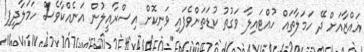
ޣައްޒާއަށް ދޭ ހަމަލާތައް ހުއްޓައިލާ ވަގުތު ކުޑަތަންވެފައި ވަނިކޮށް އިސްރާއީލުން އަނެއްކާވެސް ހަމަލާދީފި!